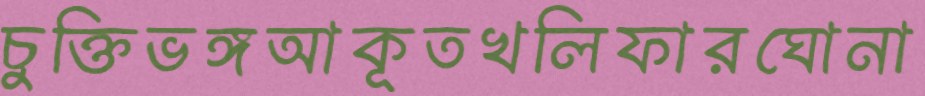
চুক্তিভঙ্গআকূতখলিফারঘোনা